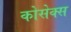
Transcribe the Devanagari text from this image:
कोसेक्स